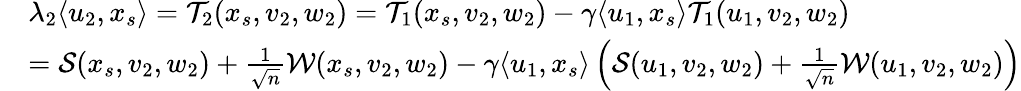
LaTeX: \begin{array}{rl}&{\lambda_{2}\langle u_{2},x_{s}\rangle={\mathcal{T}}_{2}(x_{s},v_{2},w_{2})={\mathcal{T}}_{1}(x_{s},v_{2},w_{2})-{\gamma}\langle u_{1},x_{s}\rangle{\mathcal{T}}_{1}(u_{1},v_{2},w_{2})}\\ &{={\mathcal{S}}(x_{s},v_{2},w_{2})+\frac{1}{\sqrt n}{\mathcal{W}}(x_{s},v_{2},w_{2})-{\gamma}\langle u_{1},x_{s}\rangle\left({\mathcal{S}}(u_{1},v_{2},w_{2})+\frac{1}{\sqrt n}{\mathcal{W}}(u_{1},v_{2},w_{2})\right)}\end{array}